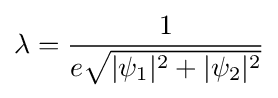
\lambda ={\frac {1}{e{\sqrt {|\psi _{1}|^{2}+|\psi _{2}|^{2}}}}}